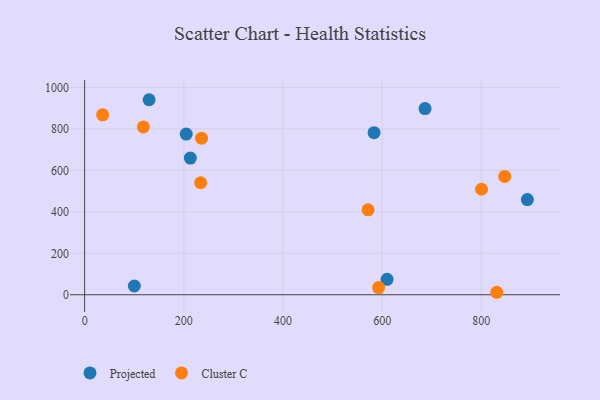
{"axis": {"x": "Price", "y": "Fuel Efficiency"}, "legend": ["Cluster C", "Projected"], "data": [{"x": "130.0", "y": 940.7, "type": "Projected"}, {"x": "100.2", "y": 42.3, "type": "Projected"}, {"x": "583.7", "y": 782.0, "type": "Projected"}, {"x": "213.2", "y": 659.4, "type": "Projected"}, {"x": "892.9", "y": 459.3, "type": "Projected"}, {"x": "686.5", "y": 898.2, "type": "Projected"}, {"x": "609.9", "y": 74.6, "type": "Projected"}, {"x": "204.9", "y": 775.2, "type": "Projected"}, {"x": "592.9", "y": 34.7, "type": "Cluster C"}, {"x": "847.2", "y": 571.0, "type": "Cluster C"}, {"x": "800.4", "y": 509.0, "type": "Cluster C"}, {"x": "118.5", "y": 809.5, "type": "Cluster C"}, {"x": "235.7", "y": 755.4, "type": "Cluster C"}, {"x": "234.0", "y": 540.3, "type": "Cluster C"}, {"x": "36.3", "y": 867.7, "type": "Cluster C"}, {"x": "571.6", "y": 409.7, "type": "Cluster C"}, {"x": "831.1", "y": 12.0, "type": "Cluster C"}]}